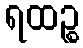
ရထဉ္စ